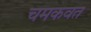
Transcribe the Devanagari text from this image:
चमकवत